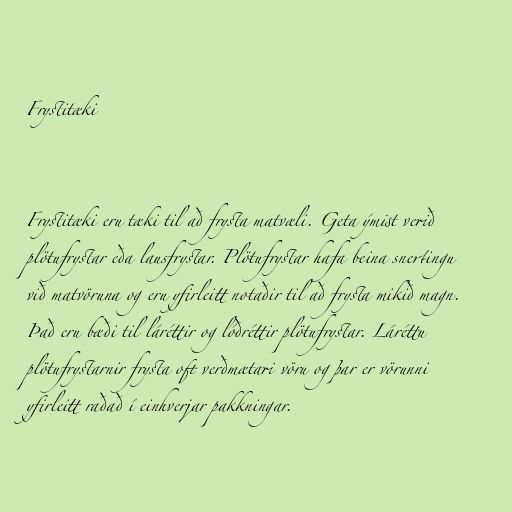
Frystitæki

Frystitæki eru tæki til að frysta matvæli. Geta ýmist verið
plötufrystar eða lausfrystar. Plötufrystar hafa beina snertingu
við matvöruna og eru yfirleitt notaðir til að frysta mikið magn.
Það eru bæði til láréttir og lóðréttir plötufrystar. Láréttu
plötufrystarnir frysta oft verðmætari vöru og þar er vörunni
yfirleitt raðað í einhverjar pakkningar.